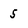
Character: 5